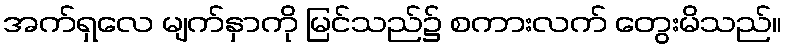
အက်ရှလေ မျက်နှာကို မြင်သည်၌ စကားလက် တွေးမိသည်။